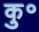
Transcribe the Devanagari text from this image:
कु॰